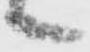
々